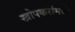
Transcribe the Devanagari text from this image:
खोपकरांमध्ये